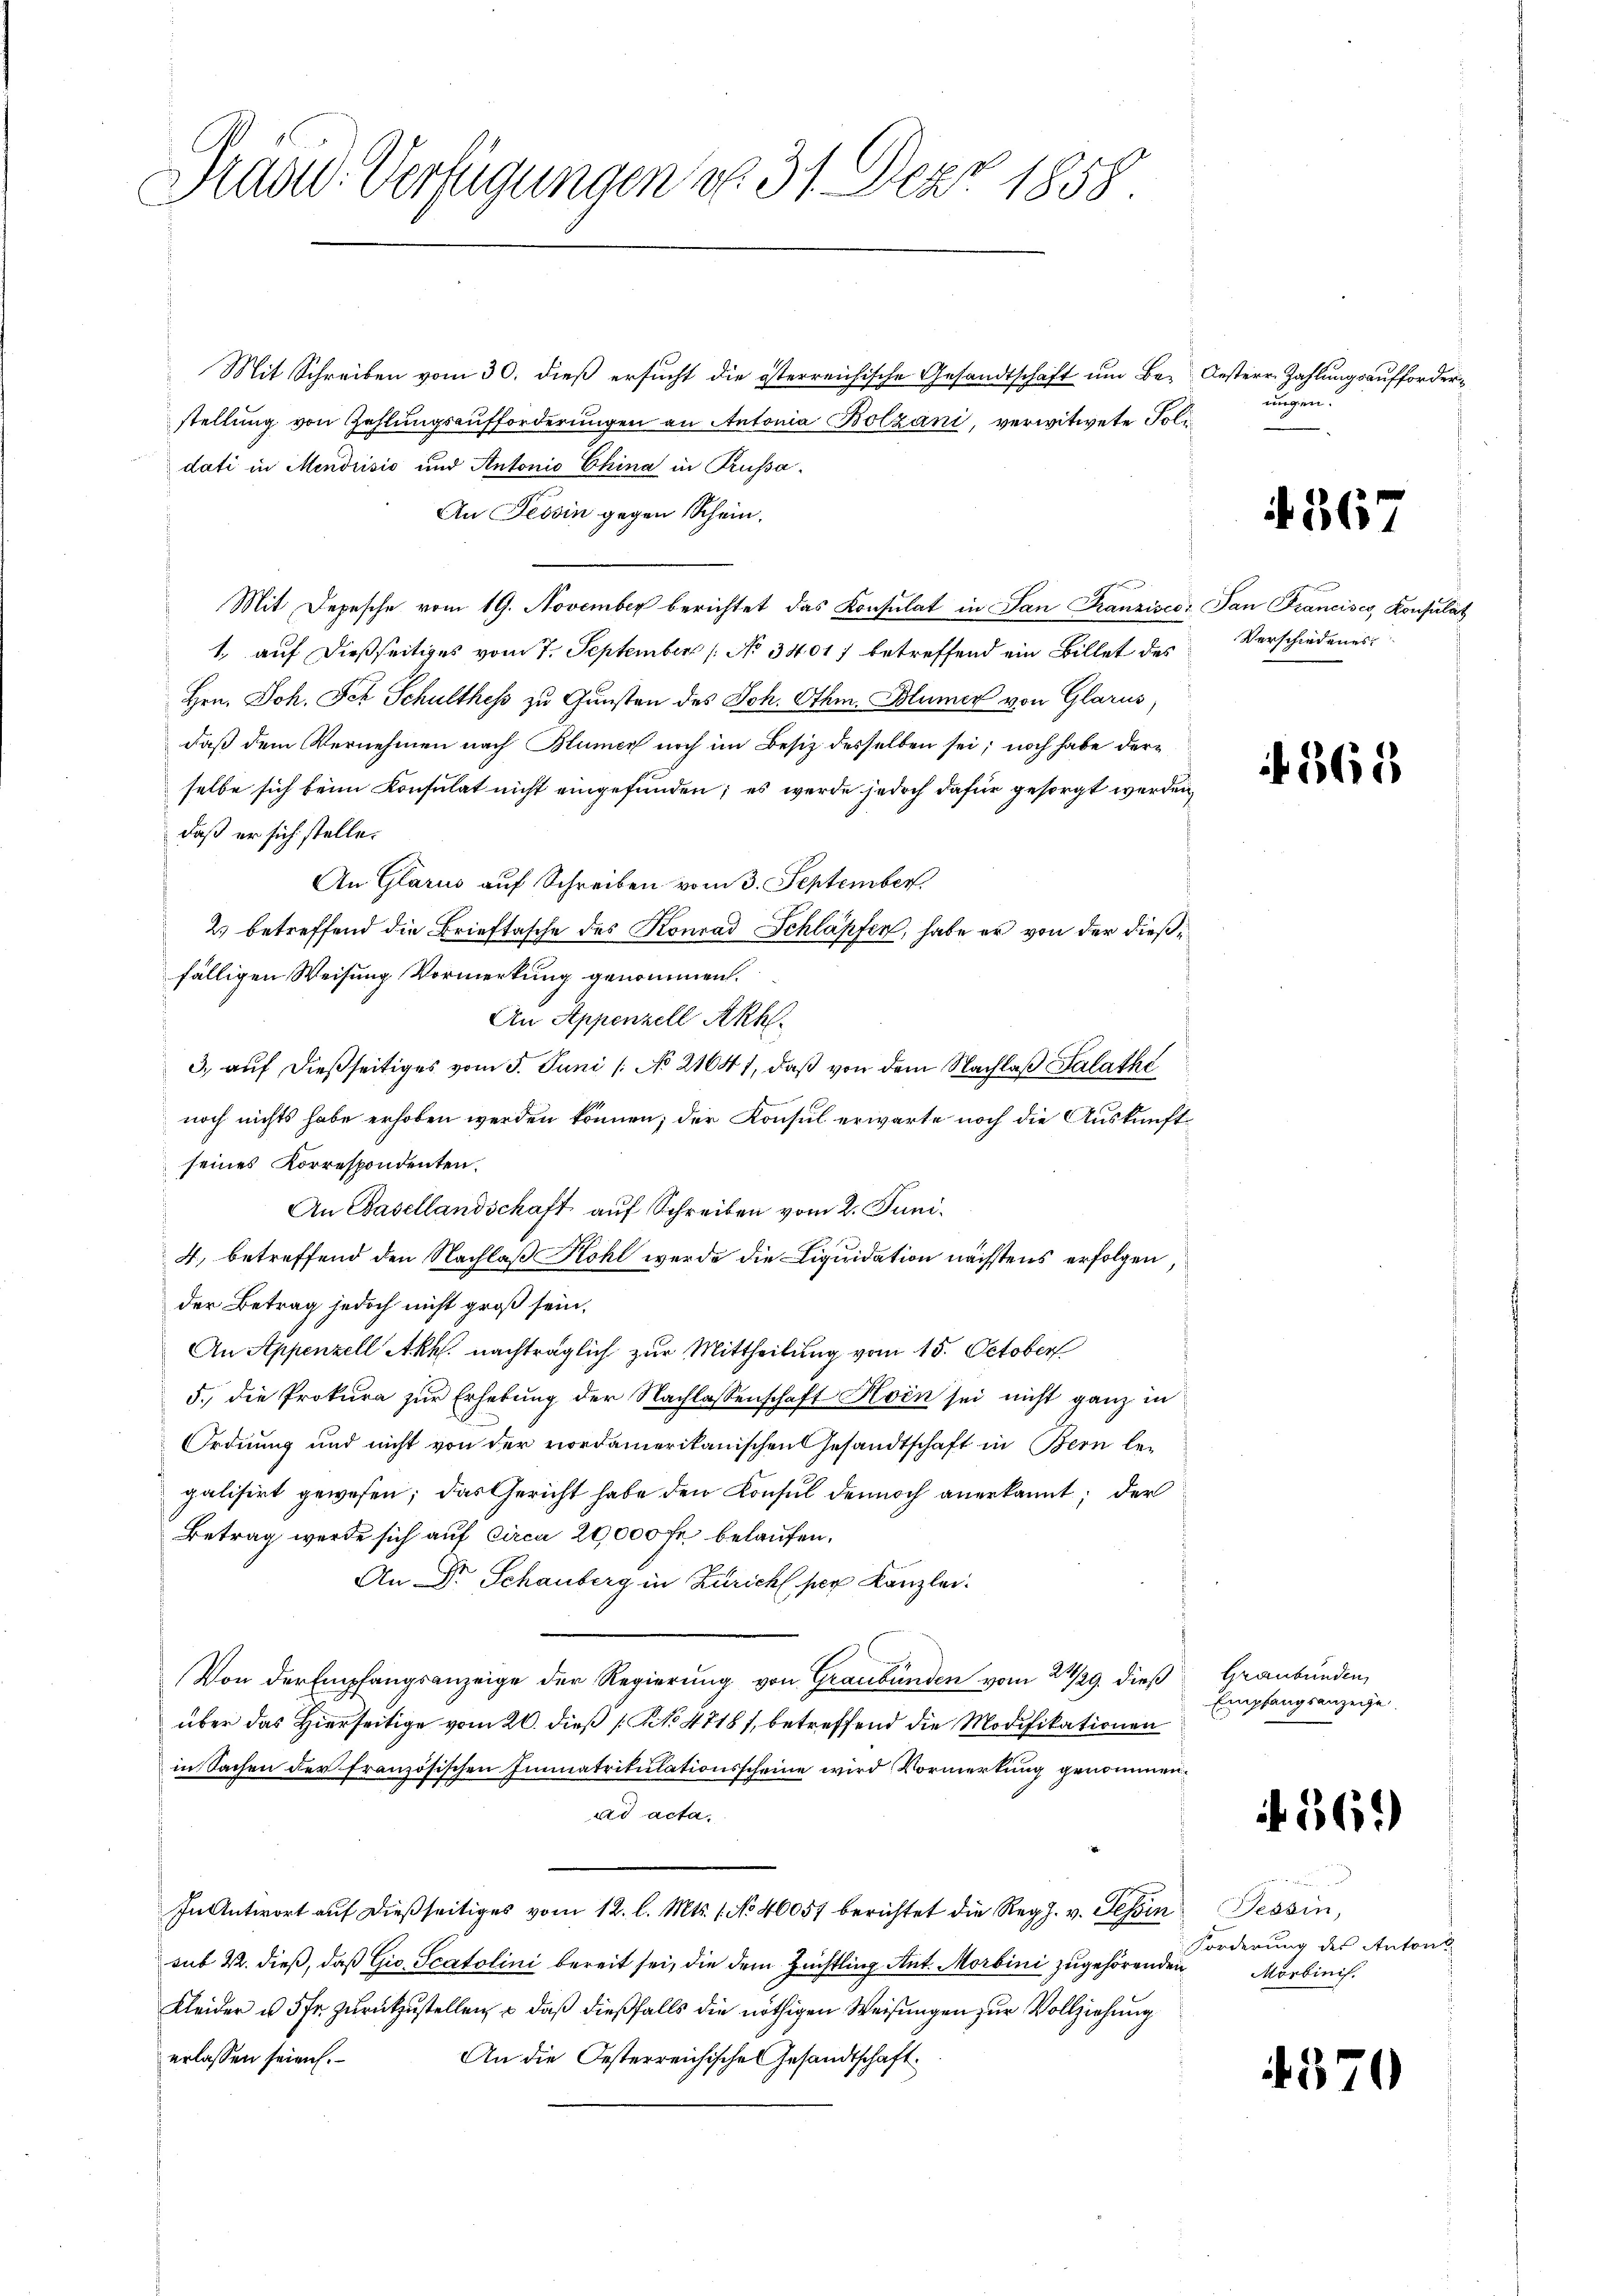
Präsid-Verfügungen d. 31. Dez. 1858.

Mit Schreiben vom 30. dieß ersucht die österreichische Gesandtschaft um Be- Oesterr. Zahlungsaufforderstellung von Zahlungsaufforderungen an Antonia Bolzani, verwitwete Foli
dati in Mendrisis und Antonio China in Prussa¬
An Tessin gegen Schein.
Mit Depesche vom 19. November berichtet das Konsulat in San Franzisco: San Francisco, Konsulat
1., auf dießseitiges vom 7. September (: No 34017 betreffend ein Billet des
Hrn. Joh. Jch Schulthes zu Gunsten des Joh. Othm. Blümer von Glarus,
daß dem Vernehmen nach Blümer noch im Besiz desselben sei; noch habe derselbe sich beim Konsulat nicht eingefunden; es werde jedoch dafür gesorgt werden,
daß er sich stelle.
An Glarus auf Schreiben vom 3. September
2) betreffend die Brieftasche des Konrad Schläpfen, habe er von der dießfälligen Weisung Vormerkung genommen.
An Appenzell Akh.
3. auf dießseitiges vom 5. Juni /: No 21641, daß von dem Nachlaß Salathe
noch nichts habe erhoben werden können; der Konsul erwarte noch die Auskunft-
seines Korrespondenten.
An Basellandschaft auf Schreiben vom 2. Juni.
4, betreffend den Nachlaß Kohl werde die Liquidation nächstens erfolgen,
der Betrag jedoch nicht groß sein,
An Appenzell Akk. nachträglich zur Mittheilung vom 15. October
5. die Prokura zur Erhebung der Nachlassenschaft Horn sei nicht ganz in
Ordnung und nicht von der vordamerikanischen Gesandtschaft in Bern le-
galisirt gewesen; das Gericht habe den Konsul dennoch anerkannt; der
Betrag werde sich auf circa 20,000 fr. belaufen,
An Dr. Schauberg in Zürich per Kanzlei.
Von der Empfangsanzeige der Regierung von Graubünden vom 28/29. dieß
über das Hierseitige vom 20. dieß [No 47187, betreffend die Modifikationen
in Sachen der französischen Immatrikulationsscheine wird Vormerkung genommen
ad acta.
In Antwort aŭf dießseitiges vom 12. l. Mts. 1. No 46057 berichtet die Reg. v. Tessin Tessin,
sub R. dieß, daß Gio. Scatolini bereit sei, die dem Zuchtling Ant. Morbini zugehörenden
Kleider u. 5 fr. zurückzustellen, – daß dießfalls die nöthigen Weisungen zur Vollziehung
erlassen seien.
An die Oesterreichische Gesandtschaft.

ungen.

4. 367

Verschiedenes

f 568

Graubünden,
Empfangsanzeige

if. 569)

Forderung des Antons
Morbinis.

4370